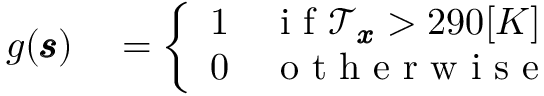
\begin{array} { r l } { g ( \pmb { \mathscr { s } } ) } & { { } = \left\{ \begin{array} { l l } { 1 } & { \mathrm { ~ i ~ f ~ } \mathscr { T } _ { \pmb { x } } > 2 9 0 [ K ] } \\ { 0 } & { \mathrm { ~ o ~ t ~ h ~ e ~ r ~ w ~ i ~ s ~ e ~ } } \end{array} \right. } \end{array}